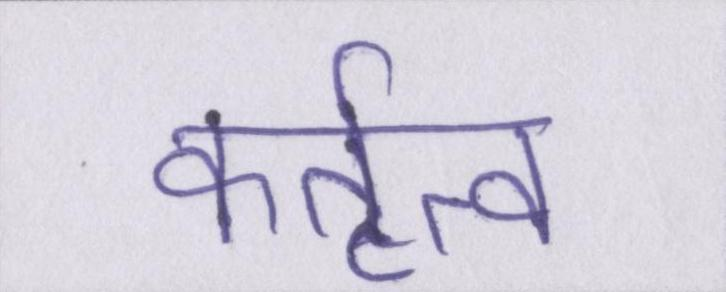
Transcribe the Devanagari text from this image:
कर्तृत्व